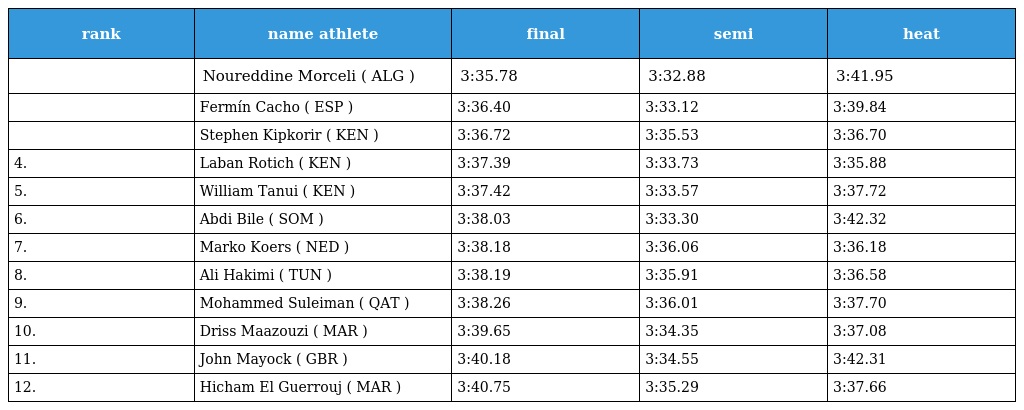
| rank | name athlete | final | semi | heat |
 | --- | --- | --- | --- | --- |
 |  | Noureddine Morceli ( ALG ) | 3:35.78 | 3:32.88 | 3:41.95 |
 |  | Fermín Cacho ( ESP ) | 3:36.40 | 3:33.12 | 3:39.84 |
 |  | Stephen Kipkorir ( KEN ) | 3:36.72 | 3:35.53 | 3:36.70 |
 | 4. | Laban Rotich ( KEN ) | 3:37.39 | 3:33.73 | 3:35.88 |
 | 5. | William Tanui ( KEN ) | 3:37.42 | 3:33.57 | 3:37.72 |
 | 6. | Abdi Bile ( SOM ) | 3:38.03 | 3:33.30 | 3:42.32 |
 | 7. | Marko Koers ( NED ) | 3:38.18 | 3:36.06 | 3:36.18 |
 | 8. | Ali Hakimi ( TUN ) | 3:38.19 | 3:35.91 | 3:36.58 |
 | 9. | Mohammed Suleiman ( QAT ) | 3:38.26 | 3:36.01 | 3:37.70 |
 | 10. | Driss Maazouzi ( MAR ) | 3:39.65 | 3:34.35 | 3:37.08 |
 | 11. | John Mayock ( GBR ) | 3:40.18 | 3:34.55 | 3:42.31 |
 | 12. | Hicham El Guerrouj ( MAR ) | 3:40.75 | 3:35.29 | 3:37.66 |